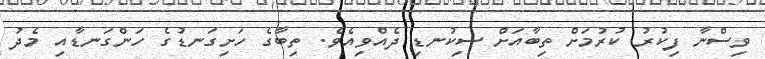
ވިސްނާ ފިކުރު ކުރުމަށް ތިބާއަށް ސިކުނޑި ދެއްވިއެވެ. ތިބާގެ ހަށިގަނޑުގެ ހަންގަނޑާއި މެދު